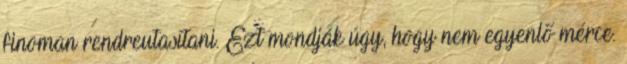
finoman rendreutasítani. Ezt mondják úgy, hogy nem egyenlő mérce.